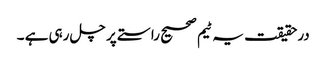
درحقیقت یہ ٹیم صحیح راستے پر چل رہی ہے ۔